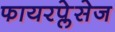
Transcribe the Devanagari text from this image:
फायरप्लेसेज